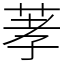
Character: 䓔